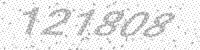
Solution: 121808